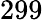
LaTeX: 299